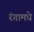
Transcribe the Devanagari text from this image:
रंगामधे